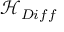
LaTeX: { \mathcal { H } } _ { D i f f }